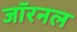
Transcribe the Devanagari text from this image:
जॉरनल